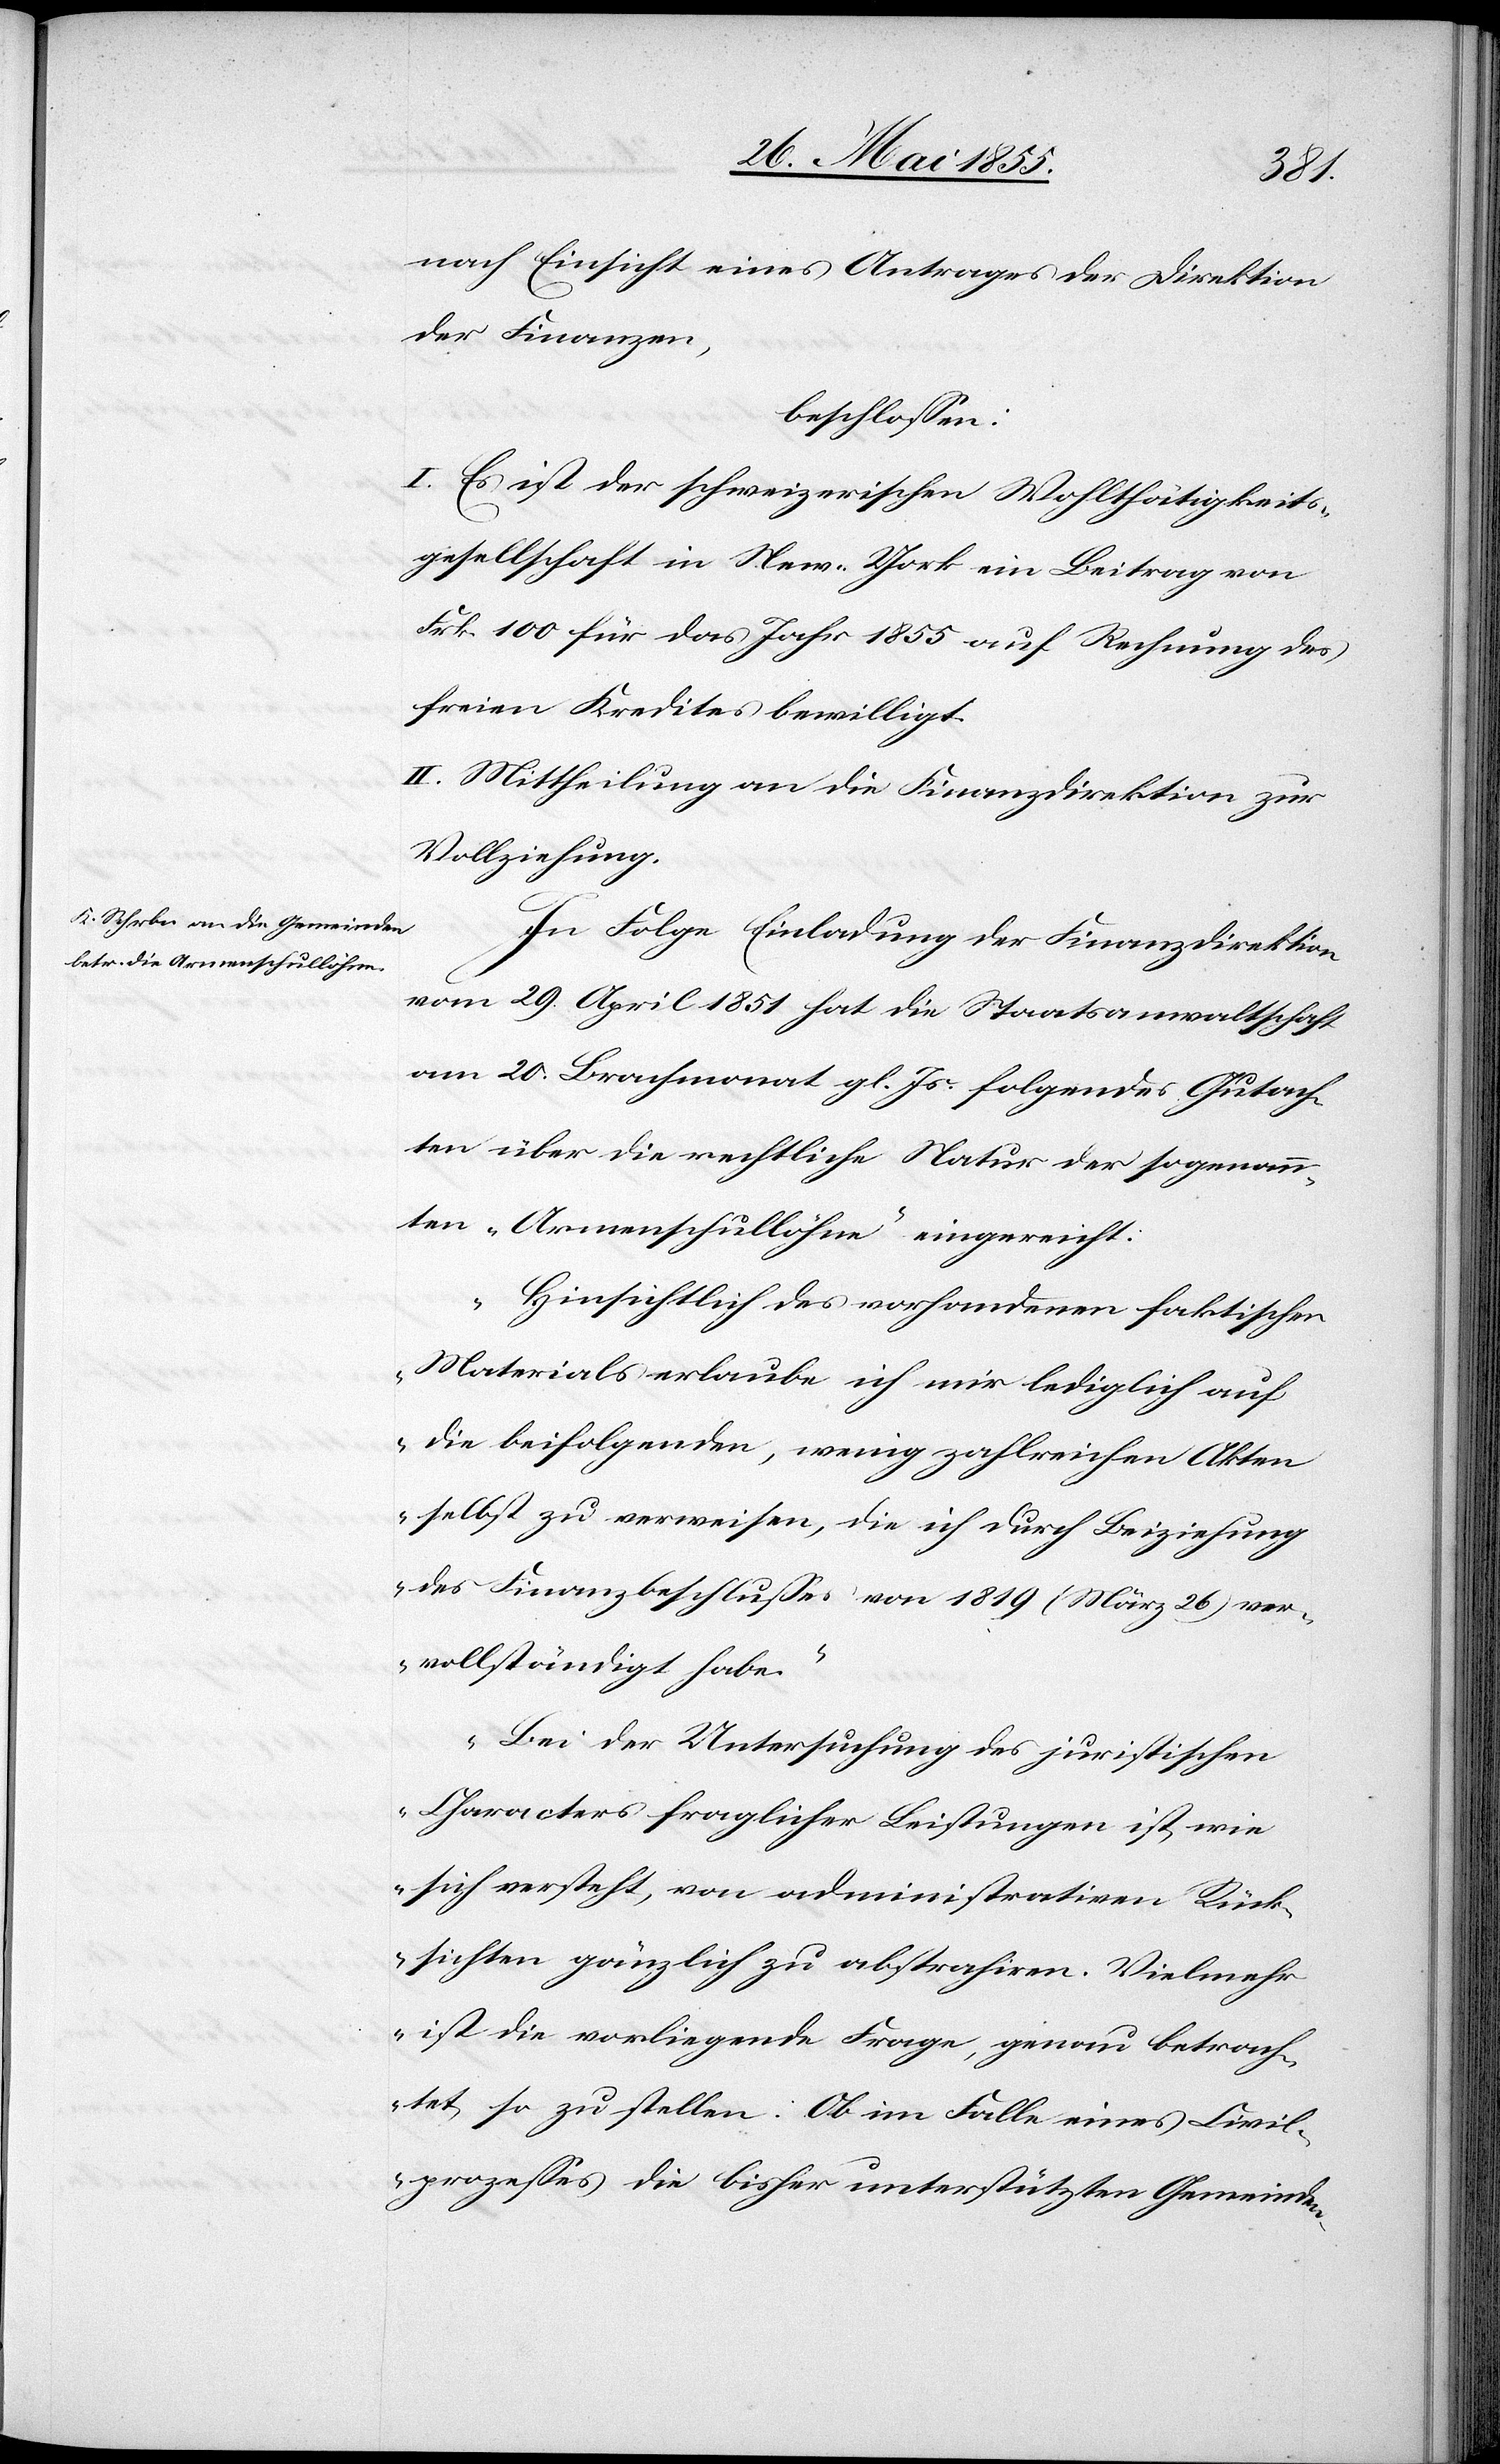
nach Einsicht eines Antrages der Direktion
der Finanzen,
beschlossen:
I. Es ist der schweizerischen Wohlthätigkeits¬
gesellschaft in New-York ein Beitrag von
Frk. 100 für das Jahr 1855 auf Rechnung des
freien Kredites bewilligt.
II. Mittheilung an die Finanzdirektion zur
Vollziehung.
In Folge Einladung der Finanzdirektion
vom 29. April 1851 hat die Staatsanwaltschaft
am 20. Brachmonat gl. Js. folgendes Gutach¬
ten über die rechtliche Natur der sogenann¬
ten „Armenschullöhne“ eingereicht:
„Hinsichtlich des vorhandenen faktischen
Materials erlaube ich mir lediglich auf
die beifolgenden, wenig zahlreichen Akten
selbst zu verweisen, die ich durch Beiziehung
des Finanzbeschlusses von 1819 (März 26) ver¬
vollständigt habe.
Bei der Untersuchung des juristischen
Characters fraglicher Leistungen ist, wie
sich versteht, von administrativen Rück¬
sichten gänzlich zu abstrahiren. Vielmehr
ist die vorliegende Frage, genau betrach¬
tet, so zu stellen: Ob im Falle eines Civil¬
prozesses die bisher unterstützten Gemeinden